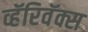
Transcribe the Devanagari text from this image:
व्हॅरिवॅक्स